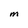
Character: M